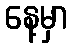
နေ့မှာ